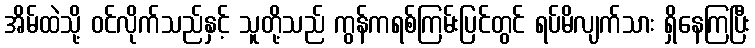
အိမ်ထဲသို့ ဝင်လိုက်သည်နှင့် သူတို့သည် ကွန်ကရစ်ကြမ်းပြင်တွင် ရပ်မိလျက်သား ရှိနေကြပြီး